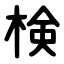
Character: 検